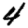
Digit: 4